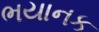
ભયાનક